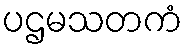
ပဌမသတကံ